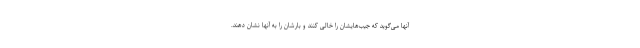
آنها می‌گوید که جیب‌هایشان را خالی کنند و بارشان را به آنها نشان دهند.